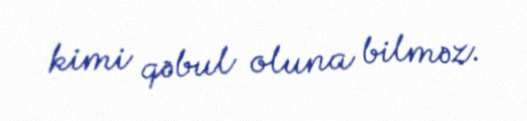
kimi qəbul oluna bilməz.